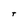
Character: t